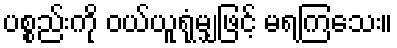
ပစ္စည်းကို ဝယ်ယူရုံမျှဖြင့် မရကြသေး။